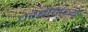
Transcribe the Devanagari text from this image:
चरबींमध्ये